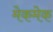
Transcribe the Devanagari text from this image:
मेकमेक